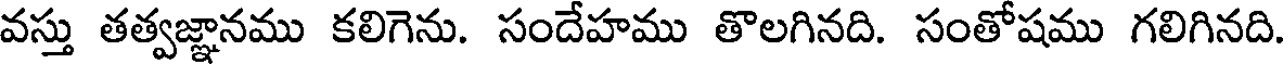
వస్తు తత్వజ్ఞానము కలిగెను. సందేహము తొలగినది. సంతోషము గలిగినది